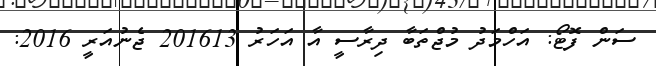
ސަން ފޮޓޯ: އަހްމަދު މުޖްތަބާ ދިރާސީ އާ އަހަރު 201613 ޖެނުއަރީ 2016: